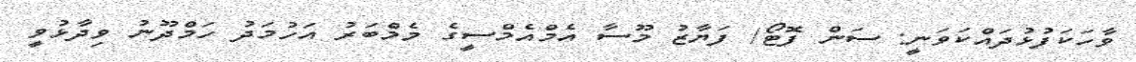
ވާހަކަފުޅުދައްކަވަނީ: ސަން ފޮޓޯ/ ފަޔާޒު މޫސާ އެމްއެމްސީގެ މެމްބަރު އަހުމަދު ހަމްދޫނު ވިދާޅުވީ